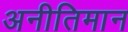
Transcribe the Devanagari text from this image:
अनीतिमान